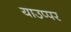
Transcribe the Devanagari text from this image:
याउप्पर